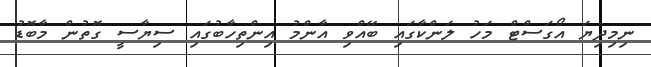
ނިމިދިޔަ އޯގަސްޓް މަހު ލަންކާގައި ބޭއްވި އާންމު އިންތިހާބުގައި ސިޔާސީ ގޮތުން މާބޮޑު